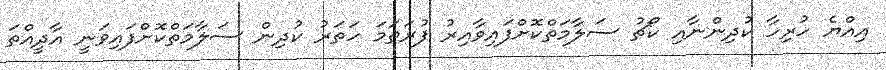
އިއްޔެ ހުރިހާ ކުދިންނާއި ކޯޗު ސަލާމަތްކޮށްފައިވާއިރު ފުރަތަމަ ހަތަރު ކުދިން ސަލާމަތްކޮށްފައިވަނީ އާދީއްތަ